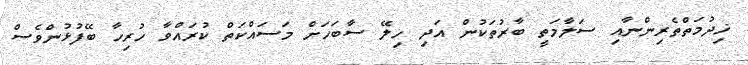
ޚިދުމަތްތެރިންނާއި ސަލާމަތީ ބާރުތަކުން އަދި ހިލޭ ސާބަހަށް މަސައްކަތް ކުރައްވާ ހުރިހާ ބޭފުޅުންވެސް